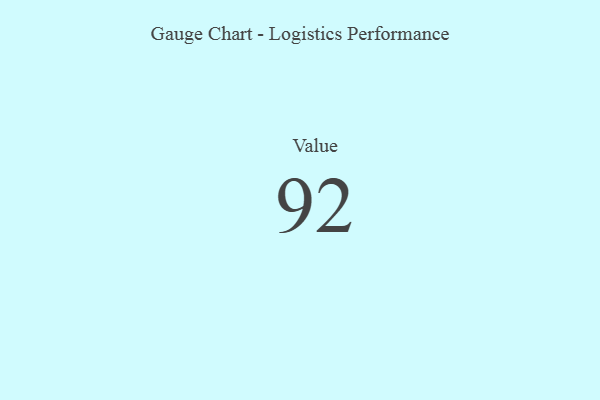
{"axis": {"x": "Metric", "y": "Value"}, "legend": [""], "data": [{"x": "Value", "y": 92, "type": ""}]}